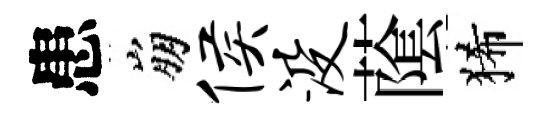
患崩侯没䕃狶